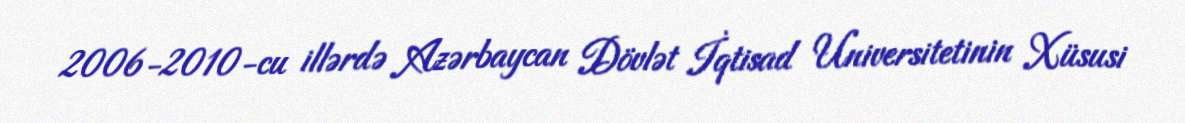
2006-2010-cu illərdə Azərbaycan Dövlət İqtisad Universitetinin Xüsusi